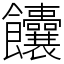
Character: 饢